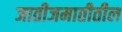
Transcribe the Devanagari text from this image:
जातीजमातीतील